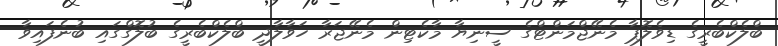
ބްލެކްބެރީގެ ޑިވެލޮޕާ މެނޭޖްމަންޓްގެ ސީނިޔާ މާކެޓިން މެނޭޖަރާ ހަވާލާދީ ބްލެކްބެރީގެ ބުލޮގްގައި ބުނެފައިވާ